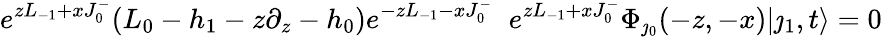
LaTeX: e^{zL_{-1}+xJ_{0}^{-}}(L_{0}-h_{1}-z\partial_{z}-h_{0})e^{-zL_{-1}-xJ_{0}^{-}}\; \; e^{zL_{-1}+xJ_{0}^{-}}\Phi_{\jmath_{0}}(-z,-x)|\jmath_{1},t\rangle=0